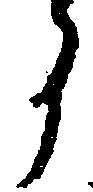
う